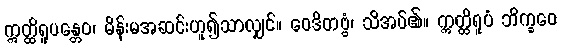
ဣတ္ထိရူပန္တေဝ၊ မိန်းမအဆင်းဟူ၍သာလျှင်။ ဝေဒိတဗ္ဗံ၊ သိအပ်၏။ ဣတ္ထိရူပံ ဘိက္ခဝေ